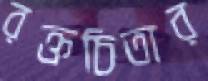
রক্তচিতার